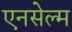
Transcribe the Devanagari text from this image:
एनसेल्म